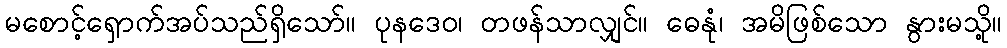
မစောင့်ရှောက်အပ်သည်ရှိသော်။ ပုနဒေဝ၊ တဖန်သာလျှင်။ ဓေနုံ၊ အမိဖြစ်သော နွားမသို့။